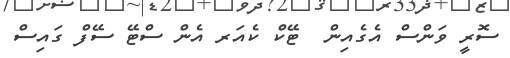
ސޮރީ ވަންސް އެގެއިން  ޓޭކް ކެއަރ އެން ސްޓޭ ސޭފް ގައިސް